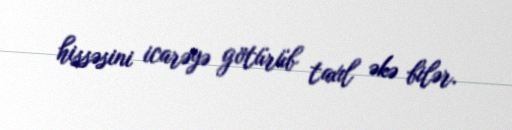
hissəsini icarəyə götürüb taxıl əkə bilər.